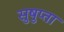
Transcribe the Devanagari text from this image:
सुषुप्ता